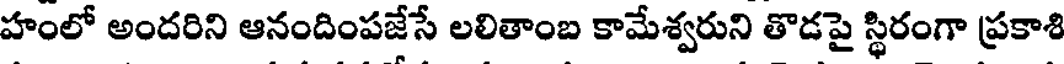
హంలో అందరిని ఆనందింపజేసే లలితాంబ కామేశ్వరుని తొడపై స్థిరంగా ప్రకాశి